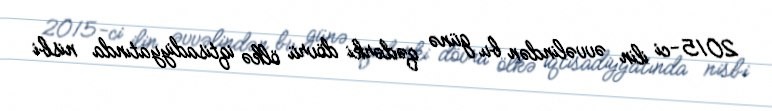
2015-ci ilin əvvəlindən bu günə qədərki dövrü ölkə iqtisadiyyatında nisbi